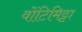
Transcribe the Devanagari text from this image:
वोंटिमिट्टा